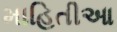
માહિતીઆ